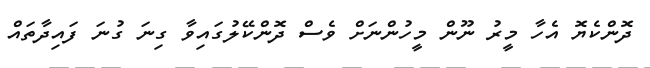
ދޮންކެޔޮ އެހާ މީރު ނޫން މީހުންނަށް ވެސް ދޮންކޭލުގައިވާ ގިނަ ގުނަ ފައިދާތައް